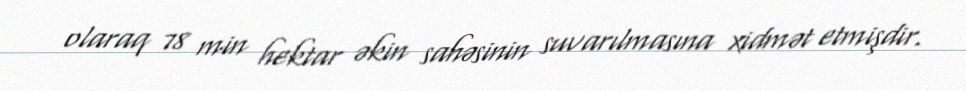
olaraq 78 min hektar əkin sahəsinin suvarılmasına xidmət etmişdir.